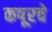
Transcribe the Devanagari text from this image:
कपूरचे